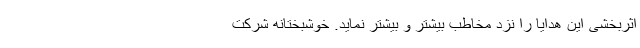
اثربخشی این هدایا را نزد مخاطب بیشتر و بیشتر نماید. خوشبختانه شرکت